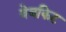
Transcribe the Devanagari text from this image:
वेबकिट